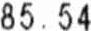
85.54